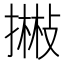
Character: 𢴻